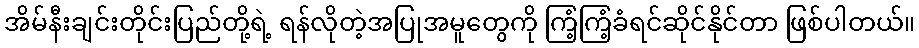
အိမ်နီးချင်းတိုင်းပြည်တို့ရဲ့ ရန်လိုတဲ့အပြုအမူတွေကို ကြံ့ကြံ့ခံရင်ဆိုင်နိုင်တာ ဖြစ်ပါတယ်။